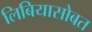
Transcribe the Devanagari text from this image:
लिबियासोबत